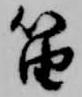
笛